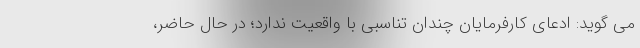
می گوید: ادعای کارفرمایان چندان تناسبی با واقعیت ندارد؛ در حال حاضر،